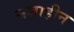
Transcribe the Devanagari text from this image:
सज्ञाहीन